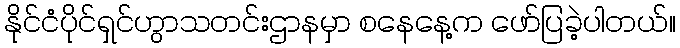
နိုင်ငံပိုင်ရှင်ဟွာသတင်းဌာနမှာ စနေနေ့က ဖော်ပြခဲ့ပါတယ်။